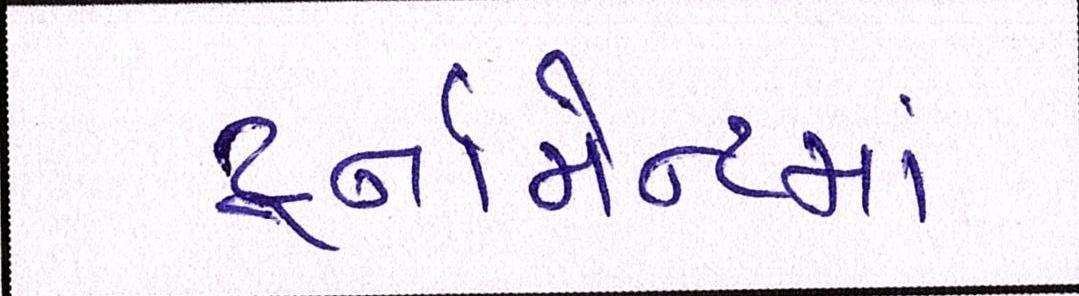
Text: ટૂર્નામેન્ટમાં